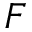
F